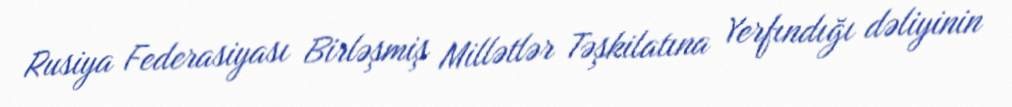
Rusiya Federasiyası Birləşmiş Millətlər Təşkilatına Yerfındığı dəliyinin